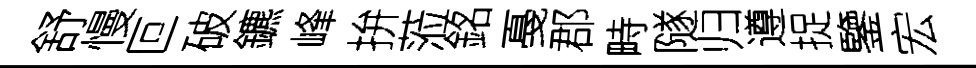
舒慢叵破鑣峰拚蒞銘戞郡畤隧归遵捉鑒宏